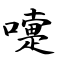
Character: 嚏